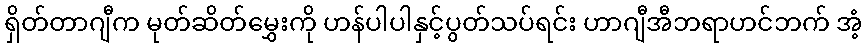
ရှိတ်တာဂျီက မုတ်ဆိတ်မွှေးကို ဟန်ပါပါနှင့်ပွတ်သပ်ရင်း ဟာဂျီအီဘရာဟင်ဘက် အံ့